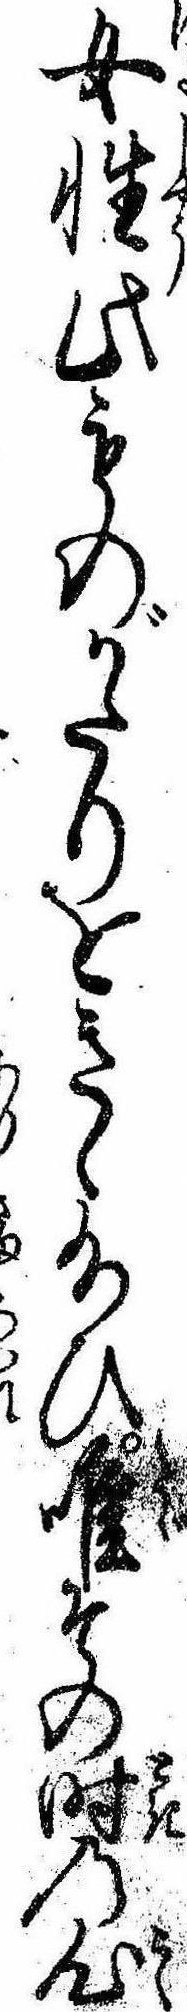
女性此ものがたりをきゝ給ひ唯その時の心